Annual report of the Punjab Veterinary College and of the Civil Veterinary Department, Punjab - 1920-1925
Year: 1920
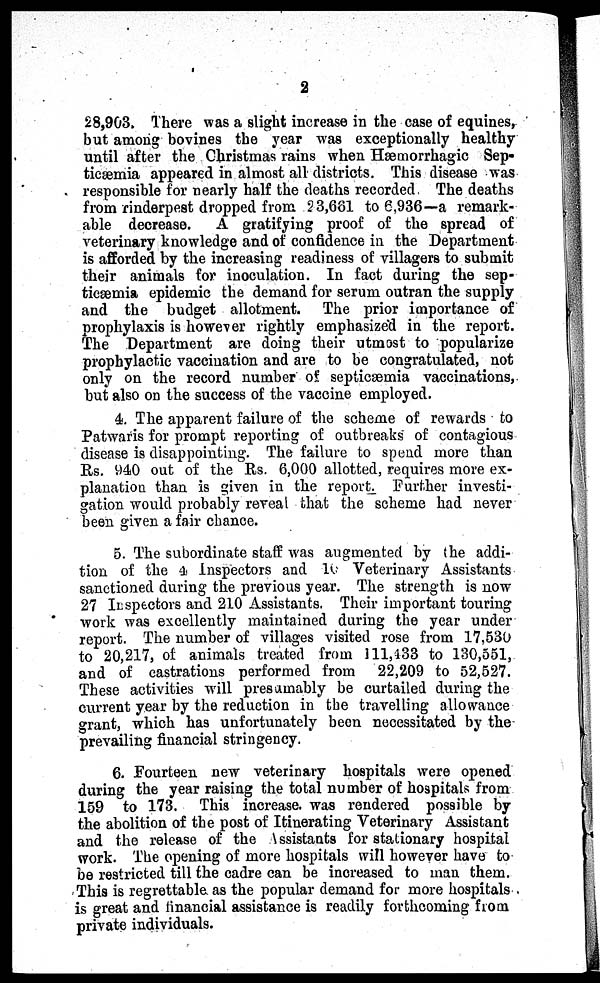
2
28,903. There was a slight increase in the case of equines,
but among bovines the year was exceptionally healthy
until after the Christmas rains when Hæmorrhagic Sep-
ticæmia appeared in almost all districts. This disease was
responsible for nearly half the deaths recorded The deaths
from rinderpest dropped from 23,661 to 6,936—a remark-
able decrease.
A gratifying proof of the spread of
veterinary knowledge and of confidence in the Department
is afforded by the increasing readiness of villagers to submit
their animals for inoculation. In fact during the sep-
ticæmia epidemic the demand for serum outran the supply
and the budget allotment. The prior importance of
prophylaxis is however rightly emphasized in the report.
The Department are doing their utmost to popularize
prophylactic vaccination and are to be congratulated, not
only on the record number of septicæmia vaccinations,
but also on the success of the vaccine employed.
4. The apparent failure of the scheme of rewards to
Patwaris for prompt reporting of outbreaks of contagious
disease is disappointing. The failure to spend more than
Rs. 940 out of the Rs. 6,000 allotted, requires more ex-
planation than is given in the report. Further investi-
gation would probably reveal that the scheme had never
been given a fair chance.
5. The subordinate staff was augmented by the addi-
tion of the 4 Inspectors and 10 Veterinary Assistants
sanctioned during the previous year. The strength is now
27 Inspectors and 210 Assistants. Their important touring
work was excellently maintained during the year under
report. The number of villages visited rose from 17,530
to 20,217, of animals treated from 111,433 to 130,551,
and of castrations performed from
22,209 to 52,527.
These activities will presumably be curtailed during the
current year by the reduction in the travelling allowance
grant, which has unfortunately been necessitated by the
prevailing financial stringency.
6. Fourteen new veterinary hospitals were opened
during the year raising the total number of hospitals from
159 to 173. This increase. was rendered possible by
the abolition of the post of Itinerating Veterinary Assistant
and the release of the Assistants for stationary hospital
work. The opening of more hospitals will however have to
be restricted till the cadre can be increased to man them.
This is regrettable as the popular demand for more hospitals
is great and financial assistance is readily forthcoming from
private individuals.